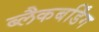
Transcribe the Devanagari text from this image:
ब्लैकबर्डिंग